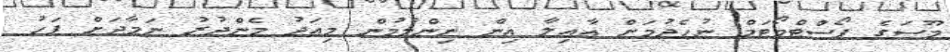
މޫސަގެ ޕޯސްޓްމޯޓަމް ނުހެދުމަށް އާއިލާ އިން ނިންމުމުން މިއަދު މެންދުރު ނަމާދަށް ފަހު